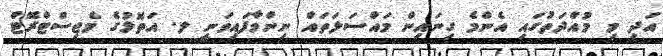
އަދި މި މުއްދަތުގައި އެންމެ ގިނައިން މައްސަލަތައް ނިންމާފައިވަނީ ލ. އަތޮޅުގެ މެޖިސްޓްރޭޓް